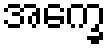
အက္ခေ